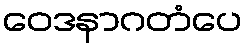
ဝေဒနာဂတံပေ